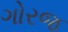
ગોરજ